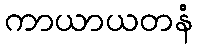
ကာယာယတနံ